Civil Veterinary Dept. North-West Frontier Province 1933-46 - 1933-1946
Year: 1933
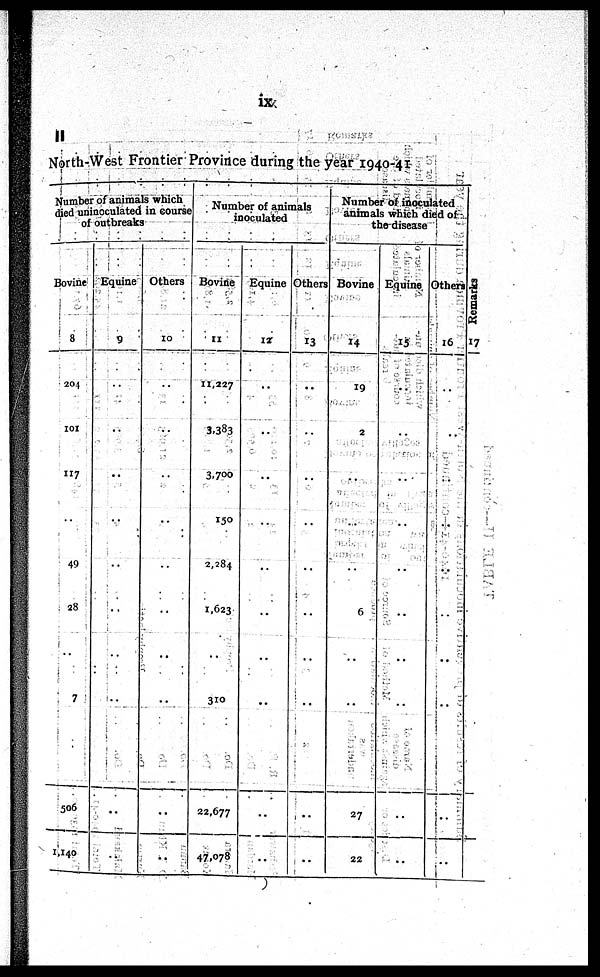
ix
II
North-West Frontier Province during the year 1940-41
Number of animals which
died uninoculated in course
of outbreaks
Bovine
8
204
101
117
..
49
28
..
7
506
1,140
Equine
9
..
..
..
..
..
..
..
..
..
..
Others
10
..
..
..
..
..
..
..
..
..
..
Number of animals
inoculated
Bovine
11
11,227
3,383
3,700
150
2,284
1,623
..
310
22,677
47,078
Equine
17
..
..
..
..
..
..
..
..
..
..
Others
13
..
..
..
..
..
..
..
..
..
..
Number of inoculated
animals which died of
the disease
Bovine
14
19
2
..
..
..
6
..
..
27
22
Equine
15
..
..
..
..
..
..
..
..
..
..
Others
16
..
..
..
..
..
..
..
..
..
..
Re ma r
ks
17